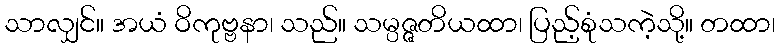
သာလျှင်။ အယံ ဝိကုဗ္ဗနာ၊ သည်။ သမ္ပဇ္ဇတိယထာ၊ ပြည့်စုံသကဲ့သို့။ တထာ၊